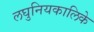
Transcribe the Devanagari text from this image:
लघुनियकालिके